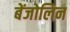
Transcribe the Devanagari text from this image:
बेंजोलिन